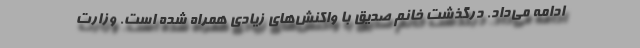
ادامه می‌داد. درگذشت خانم صدیق با واکنش‌های زیادی همراه شده است. وزارت